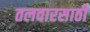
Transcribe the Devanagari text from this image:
तलवारसाठी